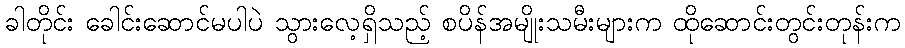
ခါတိုင်း ခေါင်းဆောင်မပါပဲ သွားလေ့ရှိသည့် စပိန်အမျိုးသမီးများက ထိုဆောင်းတွင်းတုန်းက